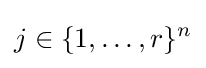
j\in \{1,\ldots ,r\}^{n}